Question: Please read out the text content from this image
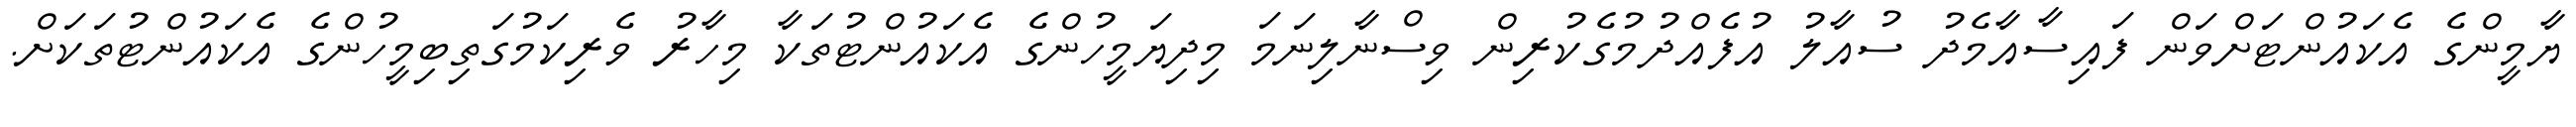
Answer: ޔާމީންގެ އެކައުންޓަށްވަން ފައިސާއާމެދު ސުއާލު އުފެއްދުމުގެކުރިން ވިސްނާލިނަމަ މިދިޔަމީހުންގެ އެކައުންޓުތަކާ މިހާރު ވެރިކަމުގަތިބިމީހުންގެ އެކައުންޓުތަކަށް.